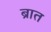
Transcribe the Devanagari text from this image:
ब्रात